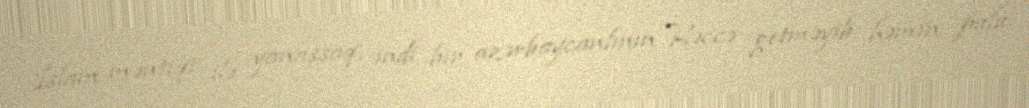
İslam məntiqi ilə yanaşsaq, indi bir azərbaycanlının Həccə getməyib həmin pulu